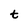
Character: t